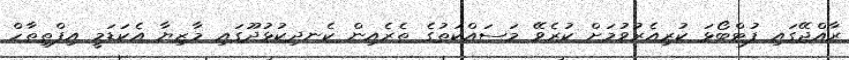
ރާއްޖޭގައި ފުޓްބޯޅަ ކުރިއެރުވުމަށް ކުރެވޭ މަސައްކަތުގެ ތެރެއިން ކެނދިކުޅުދޫގައި މާޒިޔާ އެކަޑަމީ އިފްތިތާހް